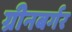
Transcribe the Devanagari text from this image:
ग्रीनबर्गर